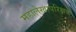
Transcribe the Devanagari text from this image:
महालेखापरिक्षक